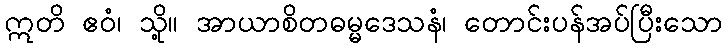
ဣတိ ဧဝံ၊ သို့။ အာယာစိတဓမ္မဒေသနံ၊ တောင်းပန်အပ်ပြီးသော